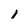
Character: 1